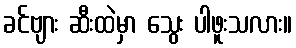
ခင်ဗျား ဆီးထဲမှာ သွေး ပါဖူးသလား။